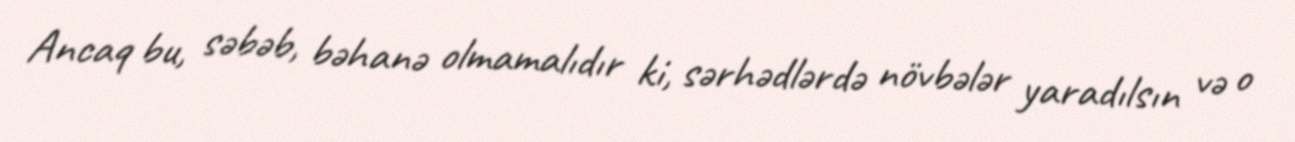
Ancaq bu, səbəb, bəhanə olmamalıdır ki, sərhədlərdə növbələr yaradılsın və o